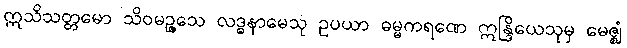
ဣသိသတ္တမော သိဝမဉ္ဇသေ လဒ္ဓနာမေသု ဥပယာ ဓမ္မကရဏေ ဣန္ဒြိယေသုမှ မေဇ္ဈံ